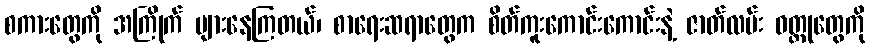
စကားတွေကို အကြိုက် များနေကြတယ်၊ စာရေးဆရာတွေက စိတ်ကူးကောင်းကောင်းနဲ့ ဇာတ်လမ်း ဝတ္ထုတွေကို